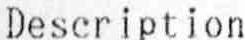
DESCRIPTION